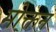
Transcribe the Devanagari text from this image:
मोक्तन